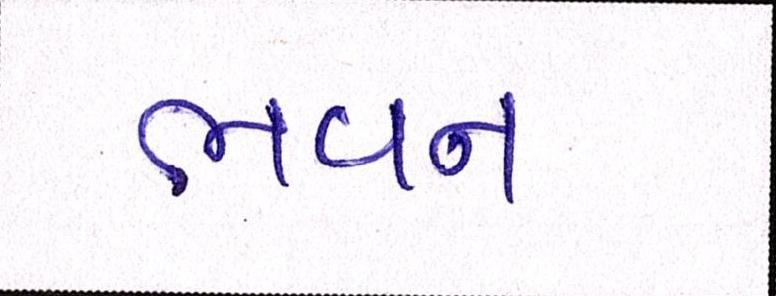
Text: ભવન